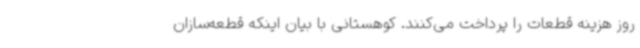
روز هزینه قطعات را پرداخت می‌کنند. کوهستانی با بیان اینکه قطعه‌سازان